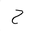
Letter: _ha